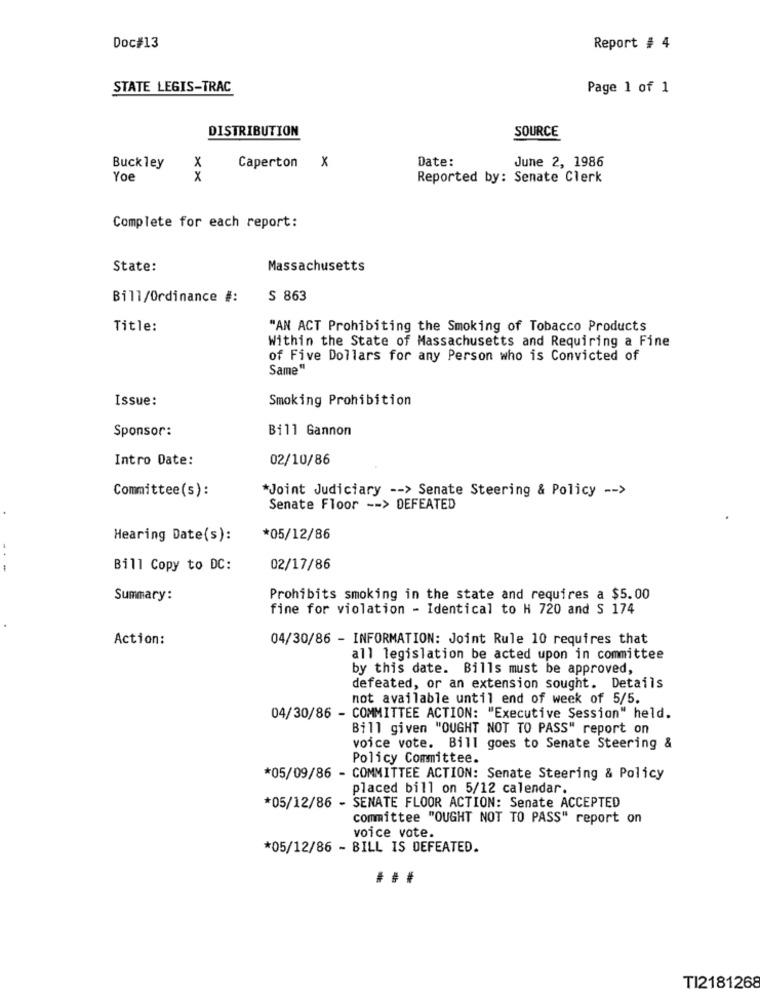
Doc#13
Report # 4
STATE LEGIS-TRAC
Page 1 of 1
DISTRIBUTION
SOURCE
Date:
June 2, 1986
Buckley
X
Caperton
x
Yoe
8
Reported by: Senate Clerk
Complete for each report:
State:
Massachusetts
Bill/Ordinance #:
S 863
Title:
"AN ACT Prohibiting the Smoking of Tobacco Products
Within the State of Massachusetts and Requiring a Fine
of Five Dollars for any Person who is Convicted of
Same"
Issue:
Smoking Prohibition
Sponsor:
Bill Gannon
Intro Date:
02/10/86
Committee(s):
*Joint Judiciary -- > Senate Steering & Policy -- >
Senate Floor -- > DEFEATED
Hearing Date(s):
*05/12/86
---
Bill Copy to DC:
02/17/86
Summary:
Prohibits smoking in the state and requires a $5.00
fine for violation - Identical to H 720 and S 174
Action:
04/30/86 - INFORMATION: Joint Rule 10 requires that
all legislation be acted upon in committee
by this date. Bills must be approved,
defeated, or an extension sought. Details
not available until end of week of 5/5.
04/30/86 - COMMITTEE ACTION: "Executive Session" held.
Bill given "OUGHT NOT TO PASS" report on
voice vote. Bill goes to Senate Steering &
Policy Committee.
*05/09/86 - COMMITTEE ACTION: Senate Steering & Policy
placed bill on 5/12 calendar
*05/12/86 - SENATE FLOOR ACTION: Senate ACCEPTED
committee "OUGHT NOT TO PASS" report on
voice vote.
*05/12/86 - BILL IS DEFEATED.
TI2181268